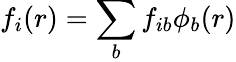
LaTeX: f_{i}(r)=\sum_{b}f_{ib}\phi_{b}(r)